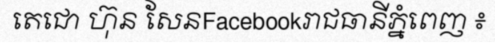
តេជោ ហ៊ុន សែនFacebookរាជធានីភ្នំពេញ ៖